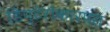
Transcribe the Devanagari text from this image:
डिप्टेरोकारपस